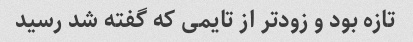
تازه بود و زودتر از تایمی که گفته شد رسید